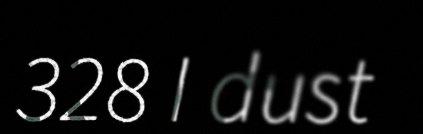
328 I dust